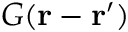
G ( \mathbf { r } - \mathbf { r } ^ { \prime } )